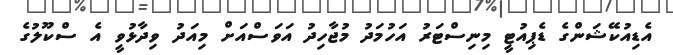
އެޑިއުކޭޝަންގެ ޑެޕިއުޓީ މިނިސްޓަރު އަހުމަދު މުޖާހިދު އަވަސްއަށް މިއަދު ވިދާޅުވީ އެ ސްކޫލުގެ